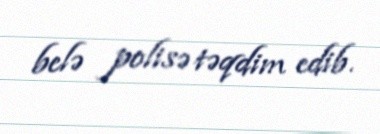
belə polisə təqdim edib.